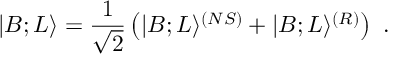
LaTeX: | B ; L \rangle = { \frac { 1 } { \sqrt { 2 } } } \left( | B ; L \rangle ^ { ( N S ) } + | B ; L \rangle ^ { ( R ) } \right) ~ .